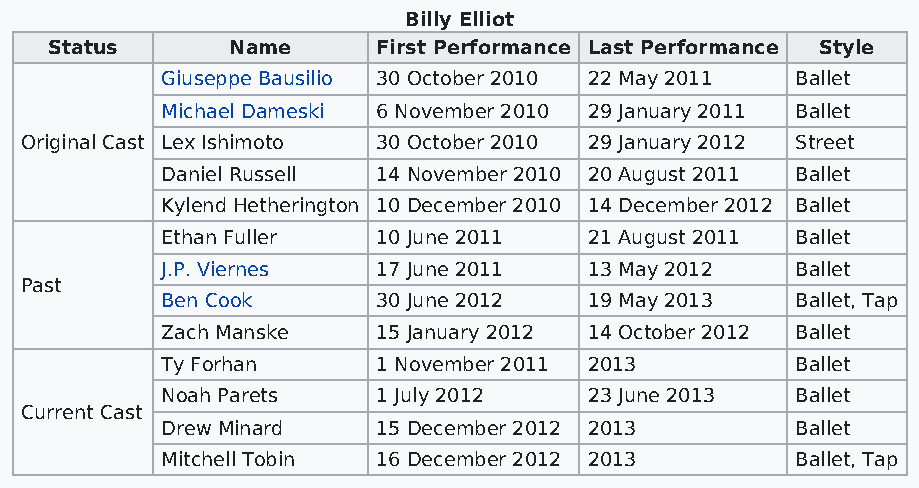
Billy Elliot
 Status      Name      First Performance Last Performance Style
 Giuseppe Bausilio 30 October 2010 22 May 2011 Ballet
 Michael Dameski 6 November 2010 29 January 2011 Ballet
 Original Cast Lex Ishimoto 30 October 2010 29 January 2012 Street
 Daniel Russell 14 November 2010 20 August 2011 Ballet
 Kylend Hetherington 10 December 2010 14 December 2012 Ballet
 Ethan Fuller  10 June 2011  21 August 2011 Ballet
 J.P. Viernes  17 June 2011  13 May 2012   Ballet
 Past
 Ben Cook      30 June 2012  19 May 2013   Ballet, Tap
 Zach Manske   15 January 2012 14 October 2012 Ballet
 Ty Forhan     1 November 2011 2013        Ballet
 Noah Parets   1 July 2012   23 June 2013  Ballet
 Current Cast
 Drew Minard   15 December 2012 2013       Ballet
 Mitchell Tobin 16 December 2012 2013      Ballet, Tap